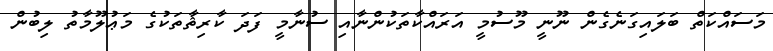
މަސައްކަތް ބަލައިގަނެގެން ނޫނީ މޫސުމީ އަރައްކާތަކުންނާއި ސުނާމީ ފަދަ ކާރިޘާތަކުގެ މަޢުލޫމާތު ލިބުން